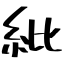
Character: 紕